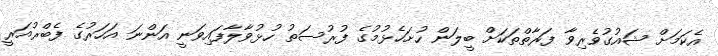
އެކަމަށް ޝައުގުވެރިވާ ފަރާތްތަކަށް ބީލަން ހުށަހެޅުމުގެ ފުރުސަތު ހުޅުވާލާފައިވަނީ އަންނަ އަހަރުގެ ފެބްރުއަރީ